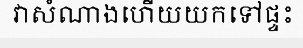
វាសំណាងហើយយកទៅផ្ទះ